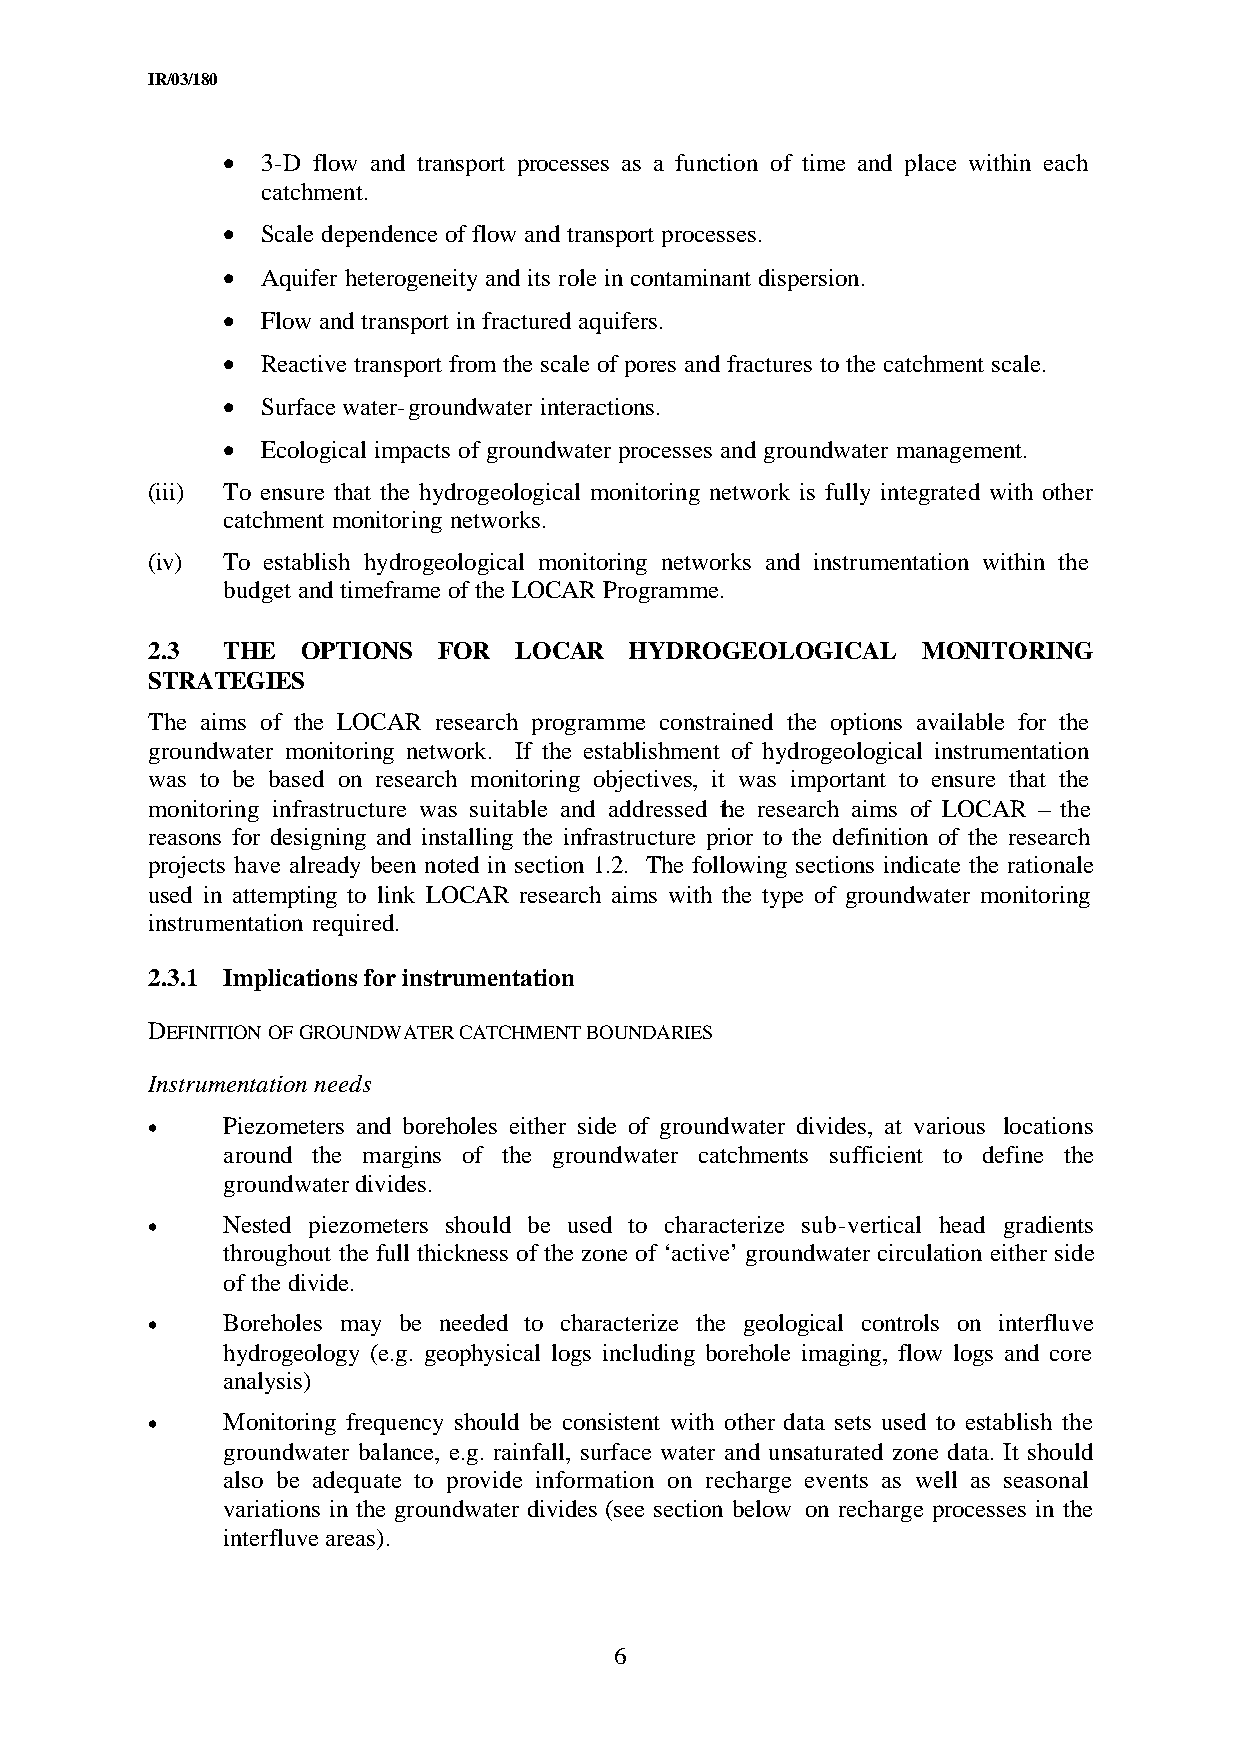
IR/03/180
 • 3-D flow and transport processes as a function of time and place within each
 catchment.
 • Scale dependence of flow and transport processes.
 • Aquifer heterogeneity and its role in contaminant dispersion.
 • Flow and transport in fractured aquifers.
 • Reactive transport from the scale of pores and fractures to the catchment scale.
 • Surface water-groundwater interactions.
 • Ecological impacts of groundwater processes and groundwater management.
 (iii) To ensure that the hydrogeological monitoring network is fully integrated with other
 catchment monitoring networks.
 (iv) To establish hydrogeological monitoring networks and instrumentation within the
 budget and timeframe of the LOCAR Programme.
 2.3  THE  OPTIONS  FOR  LOCAR   HYDROGEOLOGICAL    MONITORING
 STRATEGIES
 The aims of the LOCAR research programme constrained the options available for the
 groundwater monitoring network. If the establishment of hydrogeological instrumentation
 was to be based on research monitoring objectives, it was important to ensure that the
 monitoring infrastructure was suitable and addressed the research aims of LOCAR – the
 reasons for designing and installing the infrastructure prior to the definition of the research
 projects have already been noted in section 1.2. The following sections indicate the rationale
 used in attempting to link LOCAR research aims with the type of groundwater monitoring
 instrumentation required.
 2.3.1 Implications for instrumentation
 DEFINITION OF GROUNDWATER CATCHMENT BOUNDARIES
 Instrumentation needs
 •    Piezometers and boreholes either side of groundwater divides, at various locations
 around the margins of the groundwater catchments sufficient to define the
 groundwater divides.
 •    Nested piezometers should be used to characterize sub-vertical head gradients
 throughout the full thickness of the zone of ‘active’ groundwater circulation either side
 of the divide.
 •    Boreholes may be needed to characterize the geological controls on interfluve
 hydrogeology (e.g. geophysical logs including borehole imaging, flow logs and core
 analysis)
 •    Monitoring frequency should be consistent with other data sets used to establish the
 groundwater balance, e.g. rainfall, surface water and unsaturated zone data. It should
 also be adequate to provide information on recharge events as well as seasonal
 variations in the groundwater divides (see section below on recharge processes in the
 interfluve areas).
 6